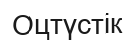
Оцтүстік